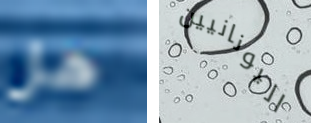
هل اليونانيين